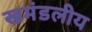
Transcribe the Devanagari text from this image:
खमंडलीय